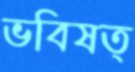
ভবিষত্